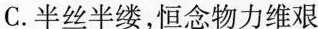
C.半丝半缕，恒念物力维艰